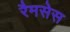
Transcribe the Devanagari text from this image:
रैमसेस